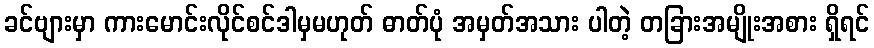
ခင်ဗျားမှာ ကားမောင်းလိုင်စင်ဒါမှမဟုတ် ဓာတ်ပုံ အမှတ်အသား ပါတဲ့ တခြားအမျိုးအစား ရှိရင်